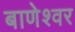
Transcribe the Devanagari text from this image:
बाणेश्‍वर